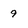
Character: 9